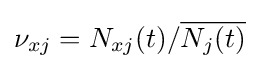
\nu _{xj}=N_{xj}(t)/{\overline {N_{j}(t)}}